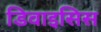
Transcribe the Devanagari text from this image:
डिवाइसिस